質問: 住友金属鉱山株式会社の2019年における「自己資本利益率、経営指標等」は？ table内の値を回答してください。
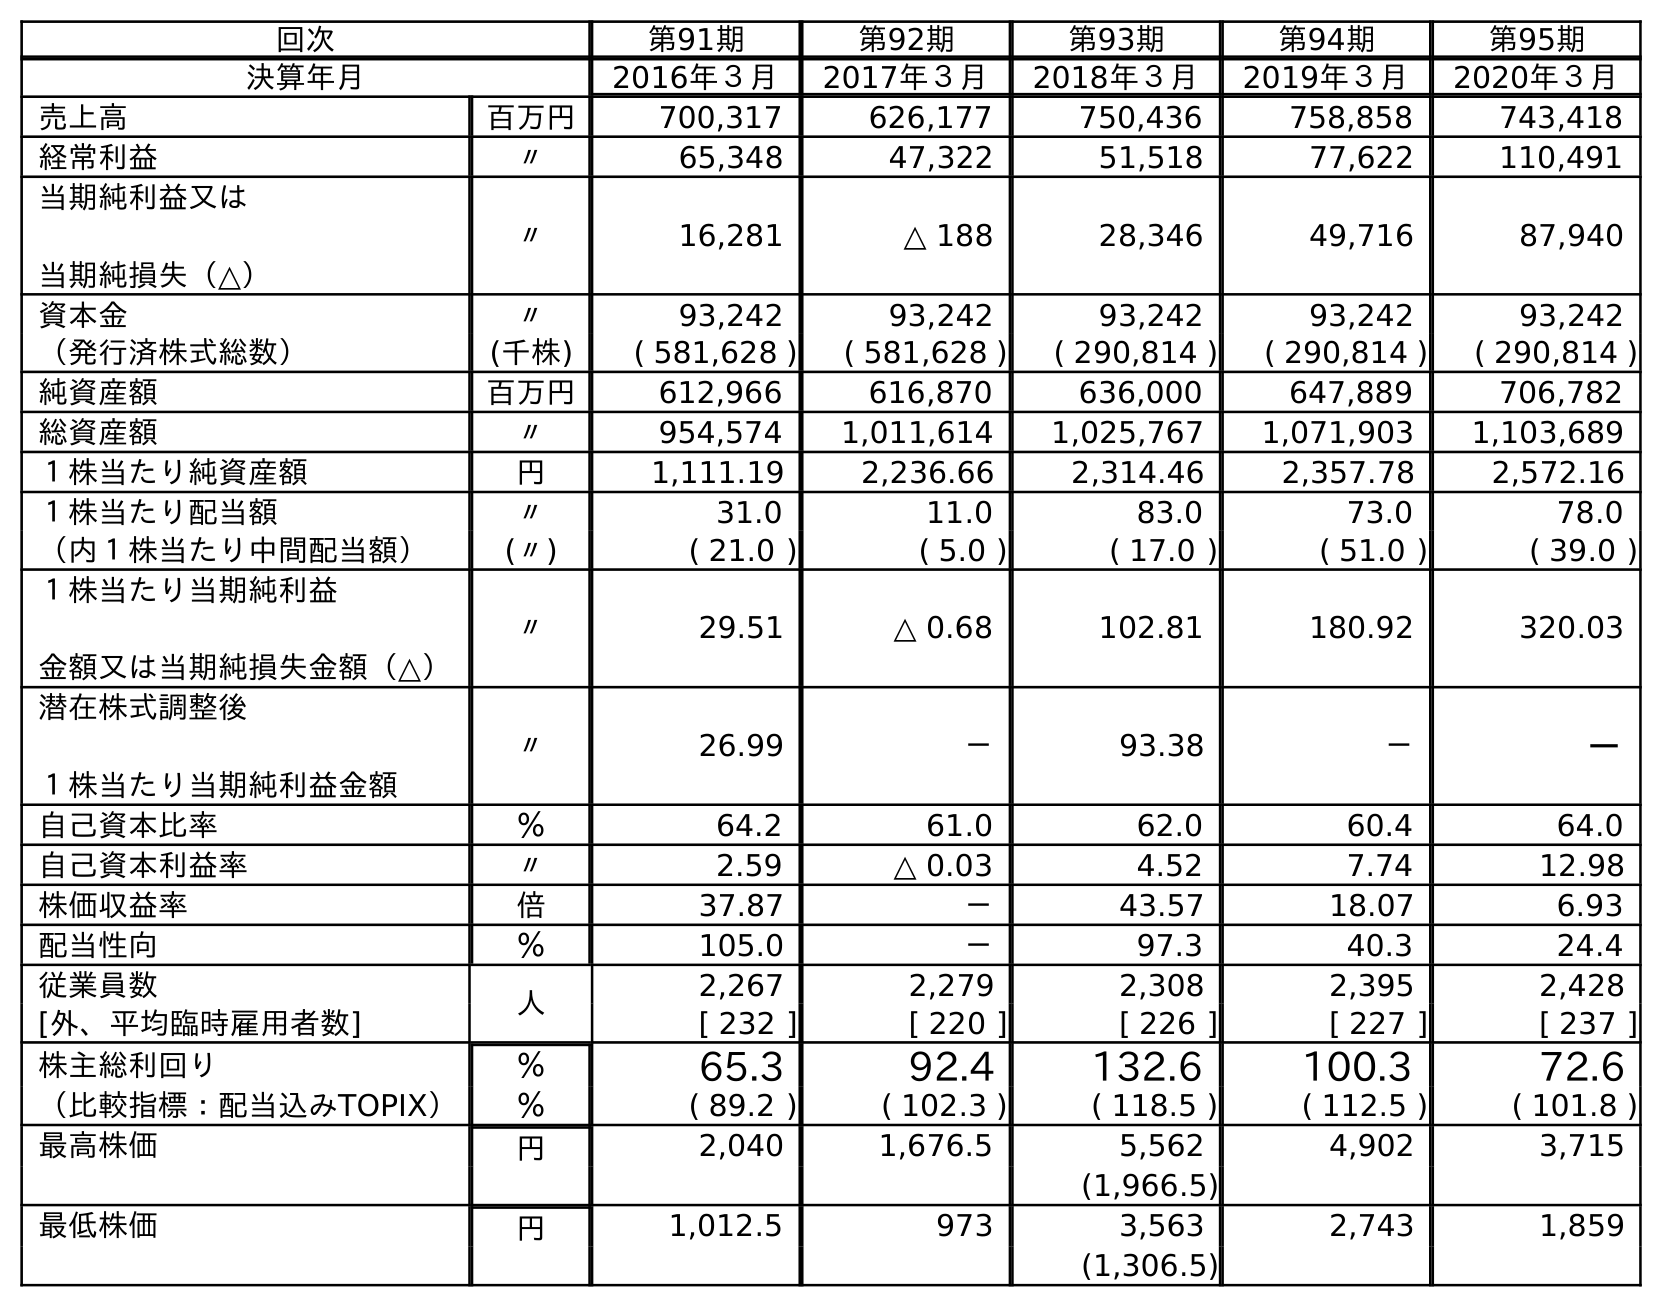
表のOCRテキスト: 回次 第91期 第92期 第93期 第94期 第95期 決算年月 2016年３月 2017年３月 2018年３月 2019年３月 2020年３月 売上高 百万円 700,317 626,177 750,436 758,858 743,418 経常利益 〃 65,348 47,322 51,518 77,622 110,491 当期純利益又は 当期純損失（△） 〃 16,281 △ 188 28,346 49,716 87,940 資本金 〃 93,242 93,242 93,242 93,242 93,242 （発行済株式総数） (千株) ( 581,628 ) ( 581,628 ) ( 290,814 ) ( 290,814 ) ( 290,814 ) 純資産額 百万円 612,966 616,870 636,000 647,889 706,782 総資産額 〃 954,574 1,011,614 1,025,767 1,071,903 1,103,689 １株当たり純資産額 円 1,111.19 2,236.66 2,314.46 2,357.78 2,572.16 １株当たり配当額 〃 31.0 11.0 83.0 73.0 78.0 （内１株当たり中間配当額） (〃) ( 21.0 ) ( 5.0 ) ( 17.0 ) ( 51.0 ) ( 39.0 ) １株当たり当期純利益 金額又は当期純損失金額（△） 〃 29.51 △ 0.68 102.81 180.92 320.03 潜在株式調整後 １株当たり当期純利益金額 〃 26.99 － 93.38 － － 自己資本比率 ％ 64.2 61.0 62.0 60.4 64.0 自己資本利益率 〃 2.59 △ 0.03 4.52 7.74 12.98 株価収益率 倍 37.87 － 43.57 18.07 6.93 配当性向 ％ 105.0 － 97.3 40.3 24.4 従業員数 人 2,267 2,279 2,308 2,395 2,428 [外、平均臨時雇用者数] [ 232 ] [ 220 ] [ 226 ] [ 227 ] [ 237 ] 株主総利回り ％ 65.3 92.4 132.6 100.3 72.6 （比較指標：配当込みTOPIX） ％ ( 89.2 ) ( 102.3 ) ( 118.5 ) ( 112.5 ) ( 101.8 ) 最高株価 円 2,040 1,676.5 5,562 4,902 3,715 (1,966.5) 最低株価 円 1,012.5 973 3,563 2,743 1,859 (1,306.5)
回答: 7.74